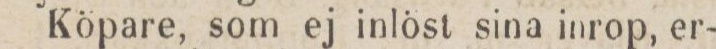
Köpare, som ej inlöst sina inrop, er-